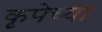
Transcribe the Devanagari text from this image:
कृपेच्या